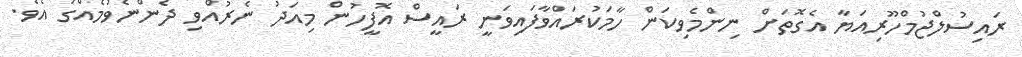
ރައިސުލްޖުމްހޫރިއަޔާ އެގޮތަށް ނިންމެވިކަން ހާމަކުރައްވާފައިވަނީ ރައީސް އޮފީހުން މިއަދު ނެރުއްވި ދެންނެވުމެއްގަ އެވެ.